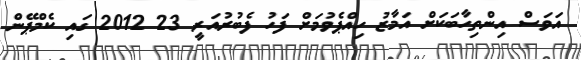
އަވަސް އިންތިހާބަކަށް އަމާޒު ހިއްޕެވުމަށް ފަހު ފެބުރުއަރީ 23 2012 ގައި ކެމްޕޭން